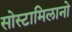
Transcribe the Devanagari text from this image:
सोस्टामिलानो